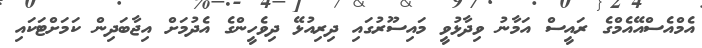
އެމްއެސްއޭއެމްގެ ރައީސް އަމާނު ވިދާޅުވީ މައިސޫރުގައި ދިރިއުޅޭ ދިވެހީންގެ އެދުމަށް އިޖާބަދިން ކަމަށްޓަކައި